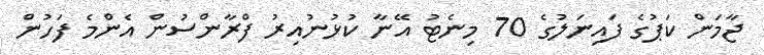
ޖާމަން ކަޕުގެ ފައިނަލުގެ 70 މިނެޓު އޭނާ ކުޅުނުއިރު ފްރާންސުން އެންމެ ފަހުން